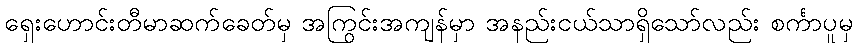
ရှေးဟောင်းတီမာဆက်ခေတ်မှ အကြွင်းအကျန်မှာ အနည်းငယ်သာရှိသော်လည်း စင်္ကာပူမှ